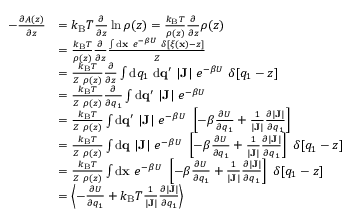
\begin{array} { r l } { - \frac { \partial A ( z ) } { \partial z } } & { = k _ { \mathrm { B } } T \frac { \partial } { \partial z } \ln \rho ( z ) = \frac { k _ { \mathrm { B } } T } { \rho ( z ) } \frac { \partial } { \partial z } \rho ( z ) } \\ & { = \frac { k _ { \mathrm { B } } T } { \rho ( z ) } \frac { \partial } { \partial z } \frac { \int \ensuremath { \mathrm { d } } \ensuremath { \mathbf { x } } \ e ^ { - \beta U } \ \delta [ \xi ( \ensuremath { \mathbf { x } } ) - z ] } { Z } } \\ & { = \frac { k _ { \mathrm { B } } T } { Z \ \rho ( z ) } \frac { \partial } { \partial z } \int \ensuremath { \mathrm { d } } q _ { 1 } \ \ensuremath { \mathrm { d } } \ensuremath { \mathbf { q } } ^ { \prime } \ | \mathbf { J } | \ e ^ { - \beta U } \ \delta [ q _ { 1 } - z ] } \\ & { = \frac { k _ { \mathrm { B } } T } { Z \ \rho ( z ) } \frac { \partial } { \partial q _ { 1 } } \int \ensuremath { \mathrm { d } } \ensuremath { \mathbf { q } } ^ { \prime } \ | \mathbf { J } | \ e ^ { - \beta U } \ } \\ & { = \frac { k _ { \mathrm { B } } T } { Z \ \rho ( z ) } \int \ensuremath { \mathrm { d } } \ensuremath { \mathbf { q } } ^ { \prime } \ | \mathbf { J } | \ e ^ { - \beta U } \ \left[ - \beta \frac { \partial U } { \partial q _ { 1 } } + \frac { 1 } { | \mathbf { J } | } \frac { \partial | \mathbf { J } | } { \partial q _ { 1 } } \right] } \\ & { = \frac { k _ { \mathrm { B } } T } { Z \ \rho ( z ) } \int \ensuremath { \mathrm { d } } \ensuremath { \mathbf { q } } \ | \mathbf { J } | \ e ^ { - \beta U } \ \left[ - \beta \frac { \partial U } { \partial q _ { 1 } } + \frac { 1 } { | \mathbf { J } | } \frac { \partial | \mathbf { J } | } { \partial q _ { 1 } } \right] \ \delta [ q _ { 1 } - z ] } \\ & { = \frac { k _ { \mathrm { B } } T } { Z \ \rho ( z ) } \int \ensuremath { \mathrm { d } } \ensuremath { \mathbf { x } } \ e ^ { - \beta U } \ \left[ - \beta \frac { \partial U } { \partial q _ { 1 } } + \frac { 1 } { | \mathbf { J } | } \frac { \partial | \mathbf { J } | } { \partial q _ { 1 } } \right] \ \delta [ q _ { 1 } - z ] } \\ & { = \left< - \frac { \partial U } { \partial q _ { 1 } } + k _ { \mathrm { B } } T \frac { 1 } { | \mathbf { J } | } \frac { \partial | \mathbf { J } | } { \partial q _ { 1 } } \right> } \end{array}